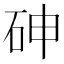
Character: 砷